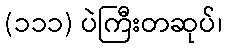
(၁၁၁) ပဲကြီးတဆုပ်၊